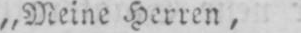
„Meine Herren,